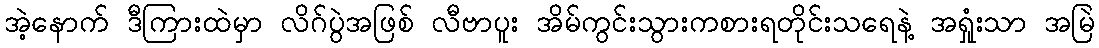
အဲ့နောက် ဒီကြားထဲမှာ လိဂ်ပွဲအဖြစ် လီဗာပူး အိမ်ကွင်းသွားကစားရတိုင်းသရေနဲ့ အရှုံးသာ အမြဲ